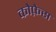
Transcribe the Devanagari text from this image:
कोफ़ेस